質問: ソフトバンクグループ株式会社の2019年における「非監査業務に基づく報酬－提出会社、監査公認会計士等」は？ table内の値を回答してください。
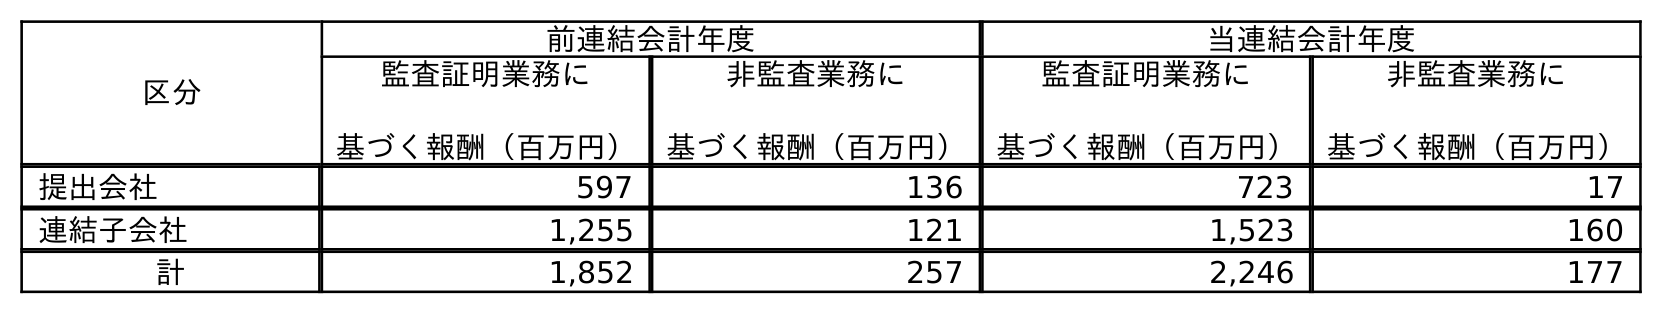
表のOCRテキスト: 区分 前連結会計年度 当連結会計年度 監査証明業務に 基づく報酬（百万円） 非監査業務に 基づく報酬（百万円） 監査証明業務に 基づく報酬（百万円） 非監査業務に 基づく報酬（百万円） 提出会社 597 136 723 17 連結子会社 1,255 121 1,523 160 計 1,852 257 2,246 177
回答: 136